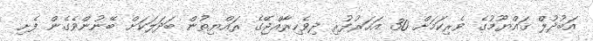
އަބުދުލް ޤައްޔޫމުގެ ވެރިކަމަށް 30 އަހަރުފުރި ދިވެހިރާއްޖޭގެ ރައްޔިތުން ބަދަލަކަށް ބޭނުންވެގެން ފެށި